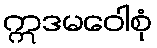
ဣဒမဝေါစုံ